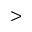
>